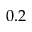
0 . 2